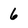
Character: 6